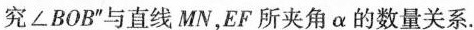
究∠BOB”与直线MN，EF所夹角α的数量关系。